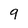
Character: 9